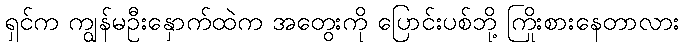
ရှင်က ကျွန်မဦးနှောက်ထဲက အတွေးကို ပြောင်းပစ်ဘို့ ကြိုးစားနေတာလား